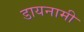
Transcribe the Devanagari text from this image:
डायनामी